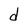
Character: d